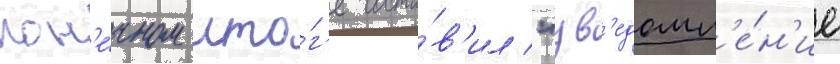
кон'е́чном ито́г'е соста́в'ил "ув'едомл'е́н'ие